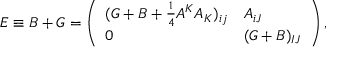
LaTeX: E \equiv B + G = \left( \begin{array} { l l } { { ( G + B + { \frac { 1 } { 4 } } A ^ { K } A _ { K } ) _ { i j } } } & { { A _ { i J } } } \\ { { 0 } } & { { ( G + B ) _ { I J } } } \end{array} \right) ,